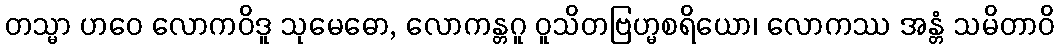
တသ္မာ ဟဝေ လောကဝိဒူ သုမေဓော, လောကန္တဂူ ဝူသိတဗြဟ္မစရိယော၊ လောကဿ အန္တံ သမိတာဝိ